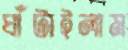
ঘাঁটাইলাম